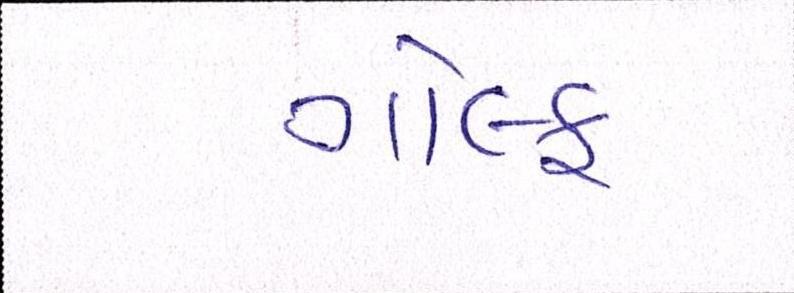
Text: ગોલ્ફ